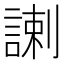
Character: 𧩲